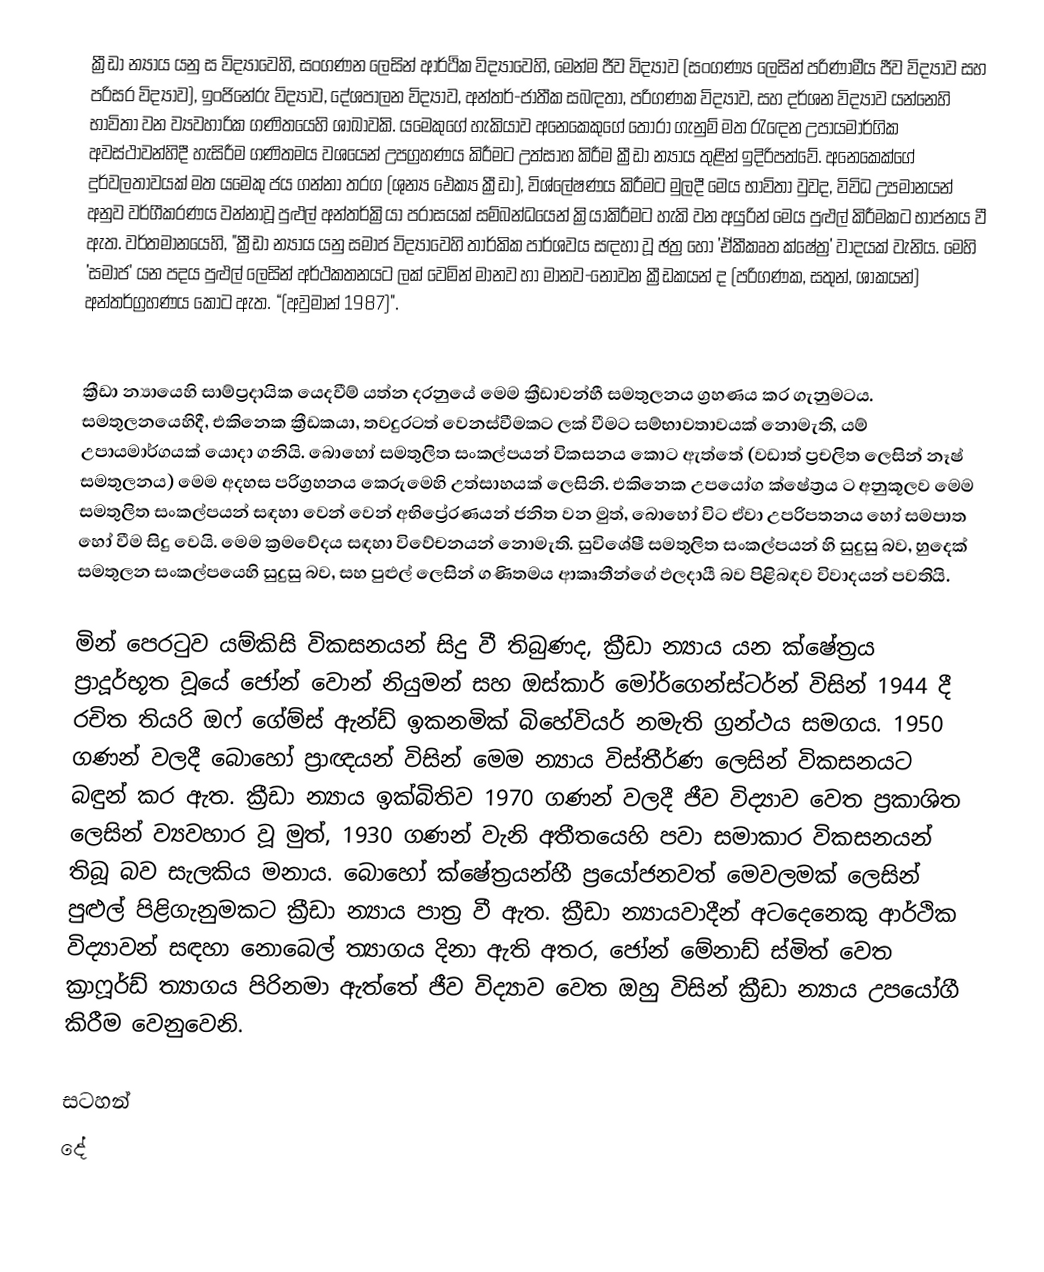
ක්‍රීඩා න්‍යාය යනු ස විද්‍යාවෙහි, සංගණන ලෙසින් ආර්ථික විද්‍යාවෙහි, මෙන්ම ජීව විද්‍යාව (සංගණ්‍ය ලෙසින් පරිණාමීය ජීව විද්‍යාව සහ පරිසර විද්‍යාව), ඉංජිනේරු විද්‍යාව, දේශපාලන විද්‍යාව, අන්තර්-ජාතීක සබඳතා, පරිගණක විද්‍යාව, සහ දර්ශන විද්‍යාව යන්නෙහි භාවිතා වන ව්‍යවහාරික ගණිතයෙහි ශාඛාවකි. යමෙකුගේ හැකියාව අනෙකෙකුගේ තෝරා ගැනුම් මත රැ‍ඳෙන උපායමාර්ගික අවස්ථාවන්හිදී හැසිරීම ගණිතමය වශයෙන් උපග්‍රහණය කිරීමට උත්සාහ කිරීම ක්‍රීඩා න්‍යාය තුළින් ඉදිරිපත්වේ. අනෙකෙක්ගේ දුර්වලතාවයක් මත යමෙකු ජය ගන්නා තරග (ශුන්‍ය ඓක්‍ය ක්‍රීඩා), විශ්ලේෂණය කිරීමට මුලදී මෙය භාවිතා වුවද, විවිධ උපමානයන් අනුව වර්ගීකරණය වන්නාවූ පුළුල් අන්තර්ක්‍රියා පරාසයක් සම්බන්ධයෙන් ක්‍රියාකිරීමට හැකි වන අයුරින් මෙය පුළුල් කිරීමකට භාජනය වී ඇත. වර්තමානයෙහි, "ක්‍රීඩා න්‍යාය යනු සමාජ විද්‍යාවෙහි තාර්කික පාර්ශවය සඳහා වූ ඡත්‍ර හෝ 'ඒකීකෘත ක්ෂේත්‍ර' වාදයක්  වැනිය. මෙහි 'සමාජ' යන පදය පුළුල් ලෙසින් අර්ථකතනයට ලක් වෙමින් මානව හා මානව-නොවන ක්‍රීඩකයන් ද (පරිගණක, සතුන්, ශාකයන්) අන්තර්ග්‍රහණය කොට ඇත. “(අවුමාන් 1987)".

ක්‍රීඩා න්‍යායෙහි සාම්ප්‍රදායික යෙදවීම් යත්න දරනුයේ මෙම ක්‍රීඩාවන්හී සමතුලනය ග්‍රහණය කර ගැනුමටය. සමතුලනයෙහිදී, එකිනෙක ක්‍රීඩකයා, තවදුරටත් වෙනස්වීමකට ලක් වීමට සම්භාවතාවයක් නොමැති, යම් උපායමාර්ගයක් යොදා ගනියි. බොහෝ සමතුලිත සංකල්පයන් විකසනය කොට ඇත්තේ (වඩාත් ප්‍රචලිත ලෙසින් නෑෂ් සමතුලනය) මෙම අදහස පරිග්‍රහනය කෙරුමෙහි උත්සාහයක් ලෙසිනි. එකිනෙක උපයෝග ක්ෂේත්‍රය ට අනුකූලව මෙම සමතුලිත සංකල්පයන් සඳහා වෙන් වෙන් අභිප්‍රේරණයන් ජනිත වන මුත්, බොහෝ විට ඒවා උපරිපතනය හෝ සමපාත හෝ වීම සිදු වෙයි. මෙම ක්‍රමවේදය සඳහා විවේචනයන් නොමැති. සුවිශේෂී සමතුලිත සංකල්පයන් හි සුදුසු බව, හුදෙක් සමතුලන සංකල්පයෙහි සුදුසු බව, සහ පුළුල් ලෙසින් ගණිතමය ආකෘතීන්ගේ ඵලදායී බව පිළිබඳව විවාදයන් පවතියි.

මින් පෙරටුව යම්කිසි විකසනයන් සිදු වී තිබුණද, ක්‍රීඩා න්‍යාය යන ක්ෂේත්‍රය ප්‍රාදූර්භූත වූයේ ජෝන් වොන් නියුමන් සහ ඔස්කාර් මෝර්ගෙන්ස්ටර්න් විසින් 1944 දී රචිත තියරි ඔෆ් ගේම්ස් ඇන්ඩ් ඉකනමික් බිහේවියර් නමැති ග්‍රන්ථය සමගය. 1950 ගණන් වලදී බොහෝ ප්‍රාඥයන් විසින් මෙම න්‍යාය විස්තීර්ණ ලෙසින් විකසනයට බඳුන් කර ඇත. ක්‍රීඩා න්‍යාය ඉක්බිතිව 1970 ගණන් වලදී ජීව විද්‍යාව වෙත ප්‍රකාශිත ලෙසින් ව්‍යවහාර වූ මුත්, 1930 ගණන් වැනි අතීතයෙහි පවා සමාකාර විකසනයන් තිබූ බව සැලකිය මනාය. බොහෝ ක්ෂේත්‍රයන්හී ප්‍රයෝජනවත් මෙවලමක් ලෙසින් පුළුල් පිළිගැනුමකට ක්‍රීඩා න්‍යාය පාත්‍ර වී ඇත. ක්‍රීඩා න්‍යායවාදීන් අටදෙනෙකු ආර්ථික විද්‍යාවන් සඳහා නොබෙල් ත්‍යාගය දිනා ඇති අතර, ජෝන් මේනාඩ් ස්මිත් වෙත ක්‍රාෆූර්ඩ් ත්‍යාගය පිරිනමා ඇත්තේ ජීව විද්‍යාව වෙත ඔහු විසින් ක්‍රීඩා න්‍යාය උපයෝගී කිරීම වෙනුවෙනි.

සටහන්
දේ